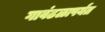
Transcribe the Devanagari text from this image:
गावंढळापर्यंत